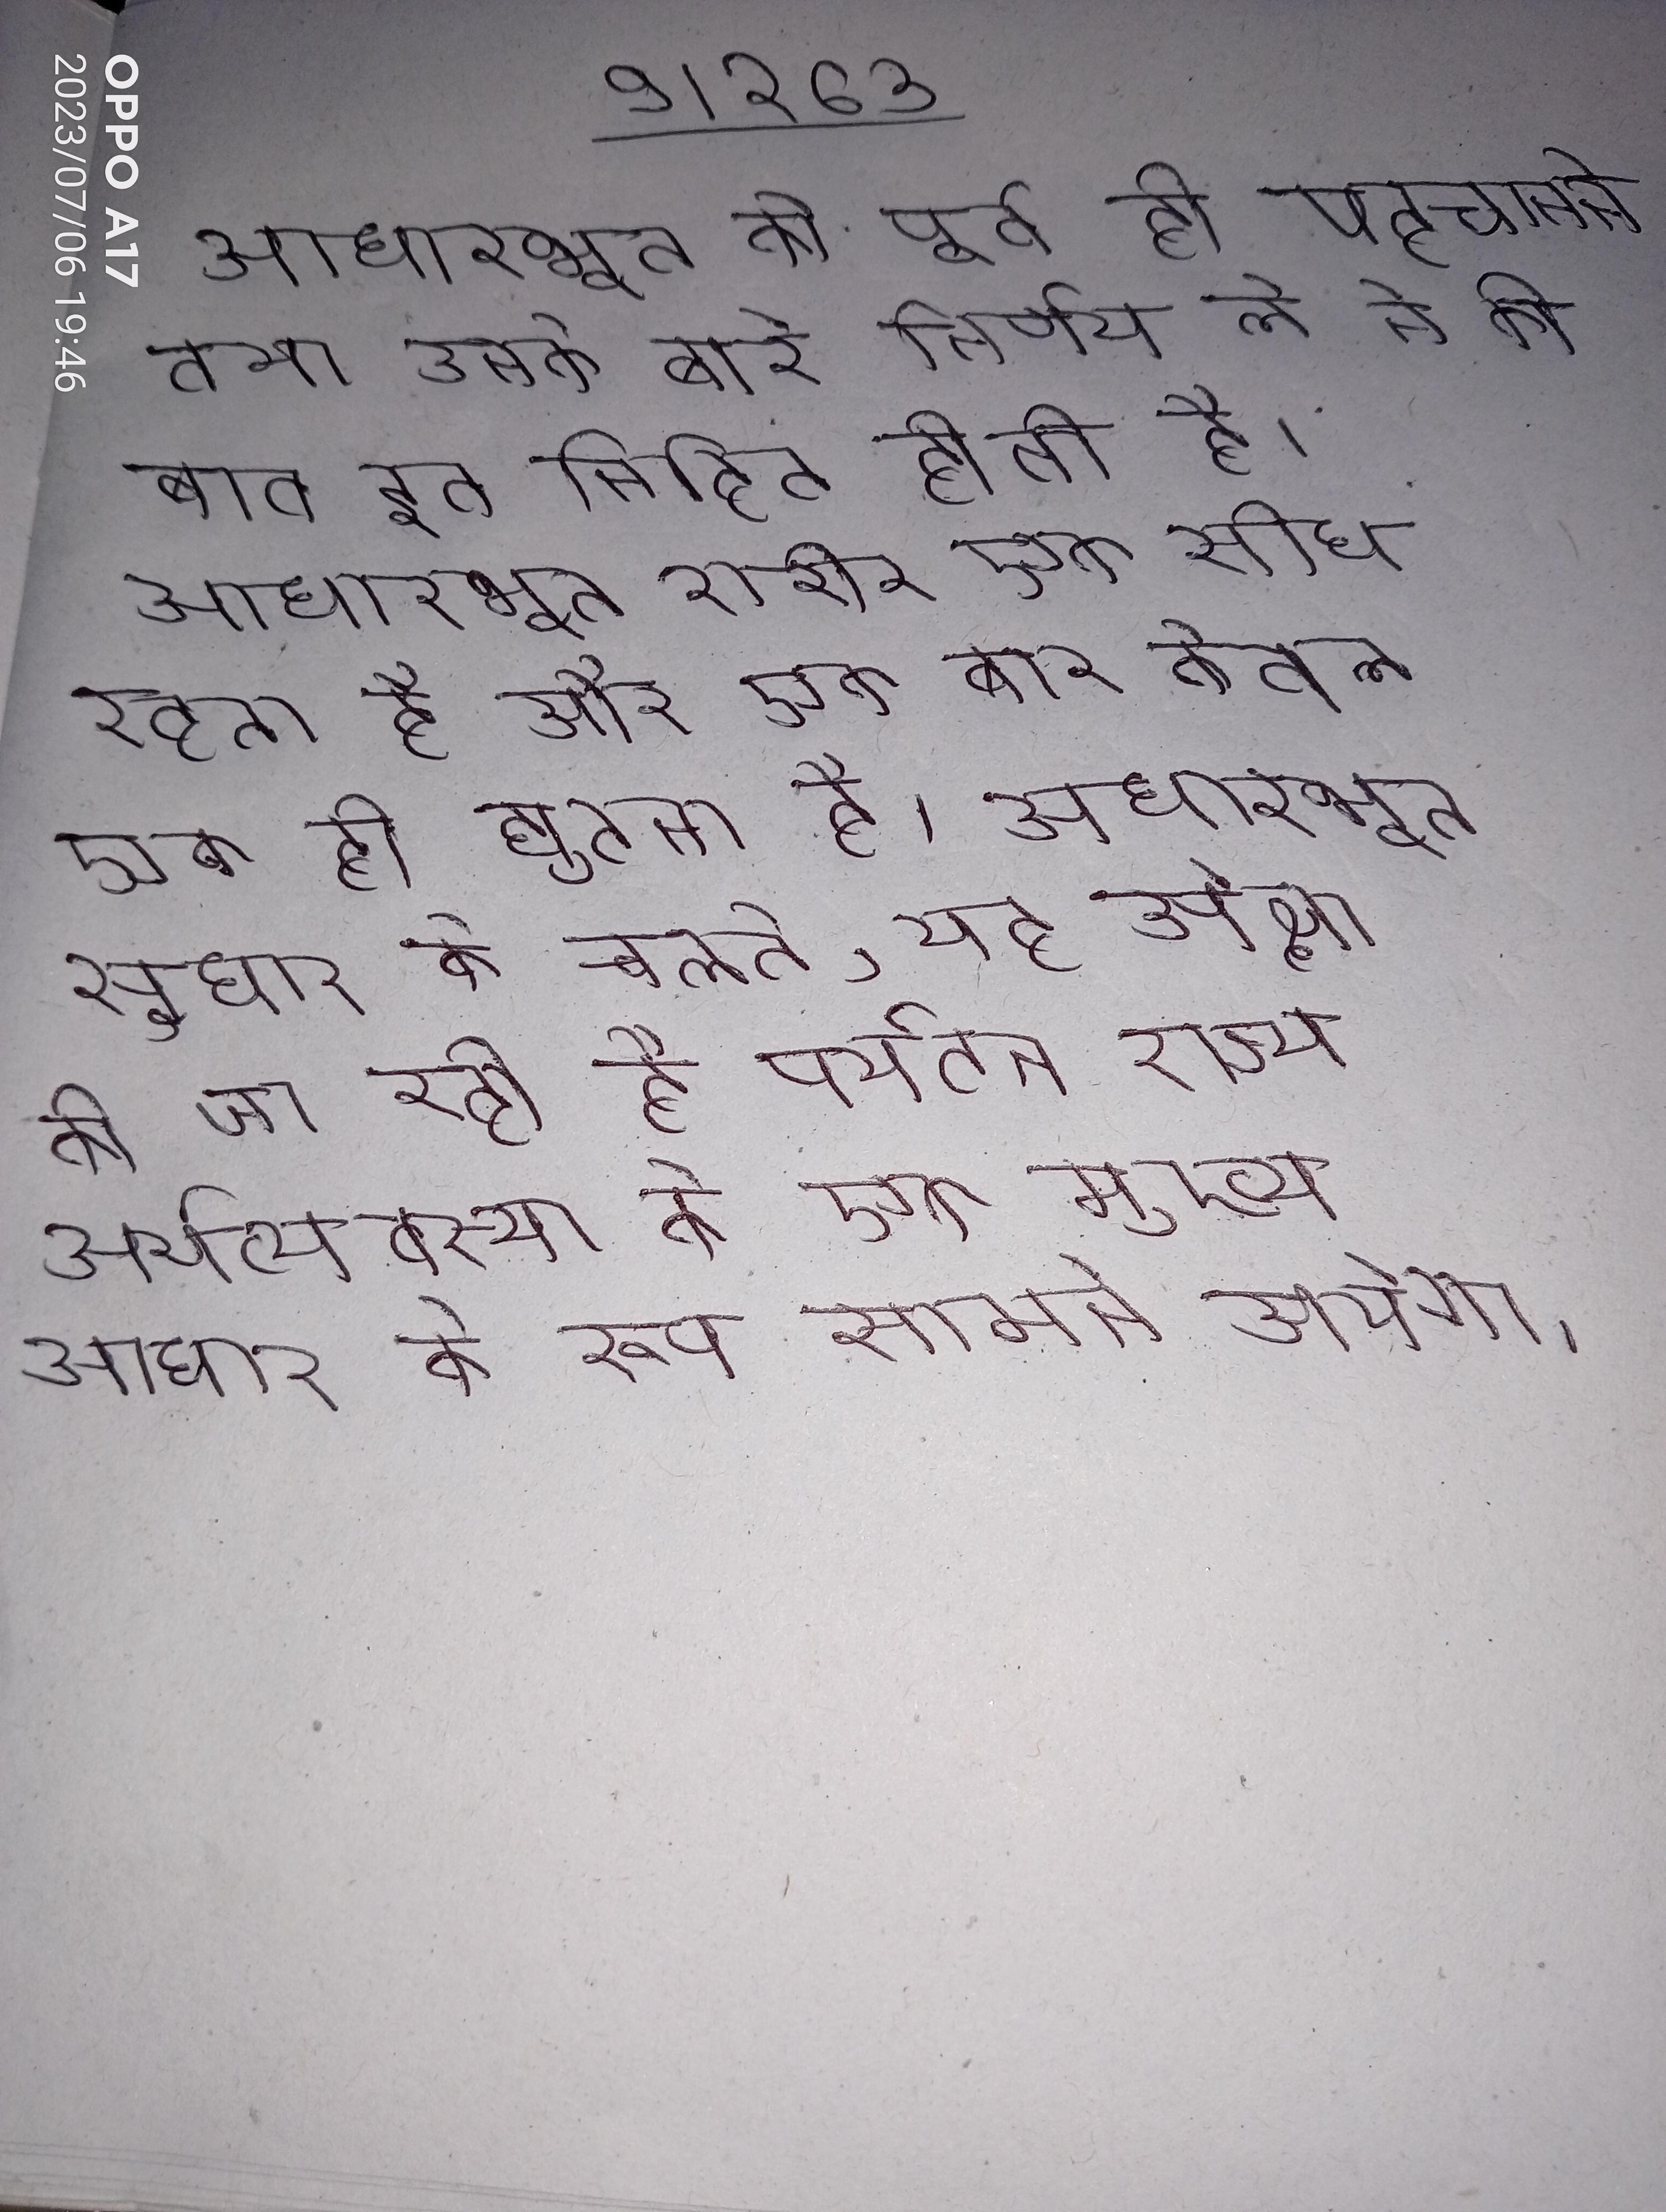
आधारभूत को पूर्व ही पहचानने तथा उनके बारे निर्णय ले ने की बात इन निहित होती है । आधारभूत शरीर एक सीध रहता है और एक बार केवल एक ही घुटना है । आधारभूत सुधार के चलते, यह उपेक्षा की जा रही है पर्यटन राज्य अर्थव्यवस्था के एक मुख्य आधार के रूप सामने आयेगा ।